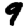
Digit: 9